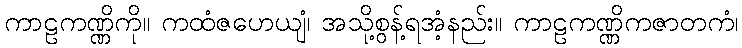
ကာဠကဏ္ဏိကို။ ကထံဇဟေယျံ၊ အသို့စွန့်ရအံ့နည်း။ ကာဠကဏ္ဏိကဇာတကံ၊